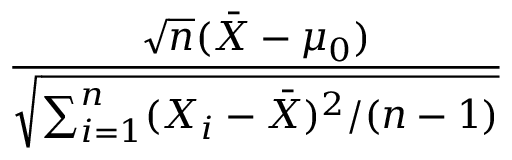
\frac { { \sqrt { n } } ( { \bar { X } } - \mu _ { 0 } ) } { \sqrt { \sum _ { i = 1 } ^ { n } ( X _ { i } - { \bar { X } } ) ^ { 2 } / ( n - 1 ) } }